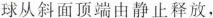
球从斜面顶端由静止释放，